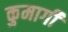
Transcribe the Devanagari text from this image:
कुमार्गी